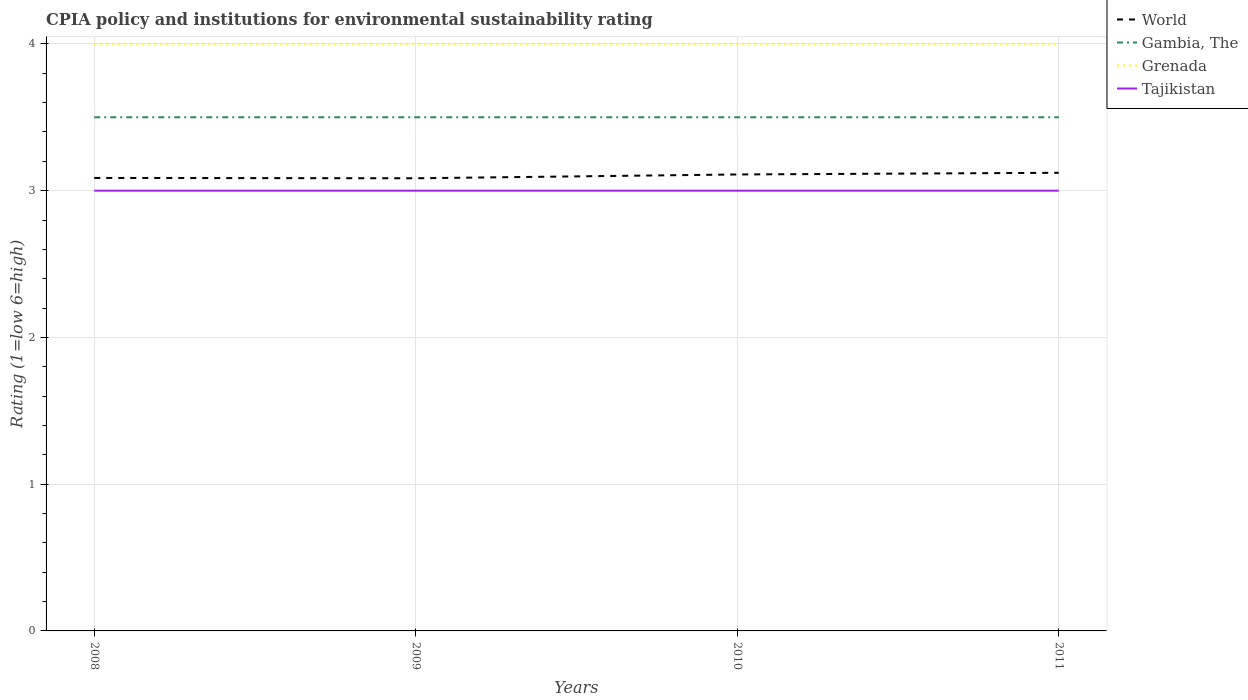
| Years | World | Gambia, The | Grenada | Tajikistan |
 | --- | --- | --- | --- | --- |
 | 2008 | 3.09 | 3.5 | 4 | 3 |
 | 2009 | 3.08 | 3.5 | 4 | 3 |
 | 2010 | 3.11 | 3.5 | 4 | 3 |
 | 2011 | 3.12 | 3.5 | 4 | 3 |